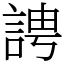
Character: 䛣